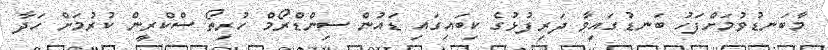
މާބަނޑުވުމަށްފަހު ބަނޑުގައިވާ ދަރިފުޅުގެ ކިބައިގައި ޑައުން ސިންޑްރޯމް ހުރިތޯ ސްކްރީން ކުރުމަށް ހަދާ